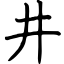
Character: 井